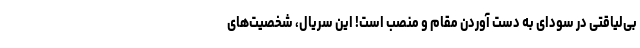
بی‌لیاقتی در سودای به دست آوردن مقام و منصب است! این سریال، شخصیت‌های